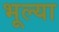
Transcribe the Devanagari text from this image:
भूल्या